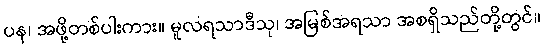
ပန၊ အဖို့တစ်ပါးကား။ မူလရသာဒီသု၊ အမြစ်အရသာ အစရှိသည်တို့တွင်။